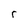
Character: r